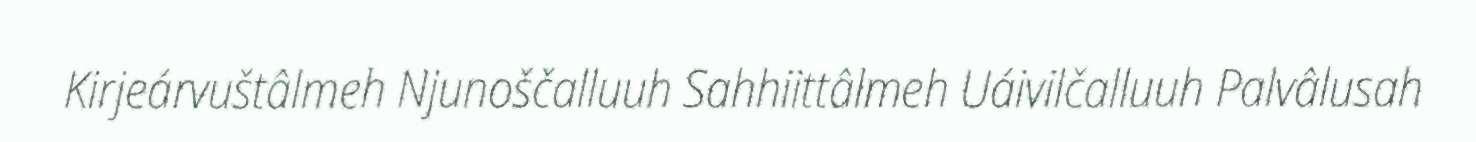
Kirjeárvuštâlmeh Njunoščalluuh Sahhiittâlmeh Uáivilčalluuh Palvâlusah